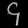
Digit: ၄